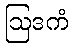
ဩဒကံ